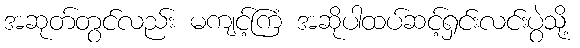
အဆုတ်တွင်လည်း မကျင့်ကြံ အဆိုပါထပ်ဆင့်ရှင်းလင်းပွဲသို့